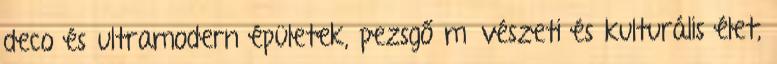
deco és ultramodern épületek, pezsgő művészeti és kulturális élet,